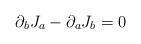
LaTeX: \begin{align*}{\partial}_{b}J_{a} - {\partial}_{a}J_{b} = 0\end{align*}